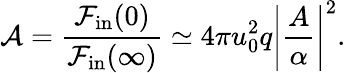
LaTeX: {\cal A}={\frac{{\cal F}_{\mathrm{in}}(0)}{{\cal F}_{\mathrm{in}}(\infty)}}\simeq 4\pi u_{0}^{2}q\left\vert{\frac{A}{\alpha}}\right\vert^{2}.